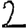
Digit: 2